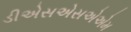
ડીએસએસએએમ